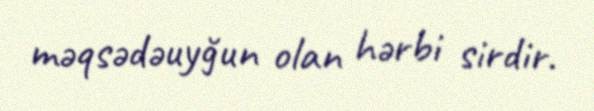
məqsədəuyğun olan hərbi sirdir.